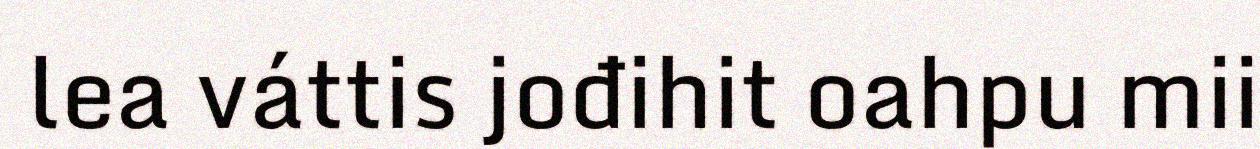
lea váttis jođihit oahpu mii